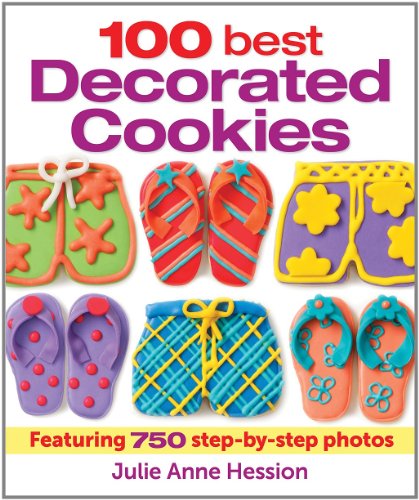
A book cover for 100 Best Decorated Cookies: Featuring 750 Step-by-Step Photos; Julie Hession; Cookbooks, Food & Wine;